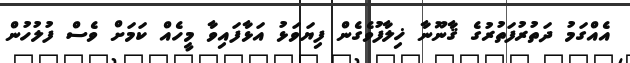
އެއްގަމު ދަތުރުފަތުރުގެ ޤާނޫނާ ޚިލާފުވެގެން ފިޔަވަޅު އަޅާފައިވާ މީހެއް ކަމަށް ވެސް ފުލުހުން